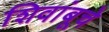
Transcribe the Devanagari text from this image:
शिवांबूचे